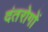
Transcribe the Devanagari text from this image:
दंतरोगों